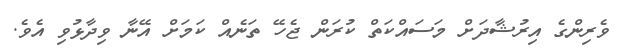
ވެރިންގެ އިރުޝާދަށް މަސައްކަތް ކުރަން ޖެހޭ ތަނެއް ކަމަށް އޭނާ ވިދާޅުވި އެވެ.